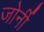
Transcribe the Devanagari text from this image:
जोर्नी